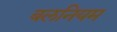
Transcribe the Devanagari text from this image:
बलनियम